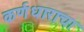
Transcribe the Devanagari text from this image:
कर्णधाराचा